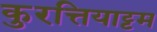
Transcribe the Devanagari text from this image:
कुरत्तियाट्टम